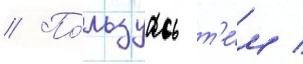
// По́льзуась т'е́м /